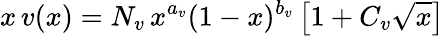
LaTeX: x\, v(x)=N_{v}\, x^{a_{v}}(1-x)^{b_{v}}\left[1+C_{v}\sqrt{x}\right]